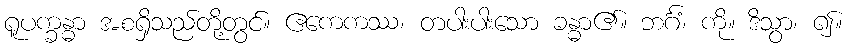
ရူပက္ခန္ဓာ အစရှိသည်တို့တွင်။ ဧကေကဿ၊ တပါးပါးသော ခန္ဓာ၏။ ဘင်္ဂံ၊ ကို။ ဒိသွာ၊ ၍။